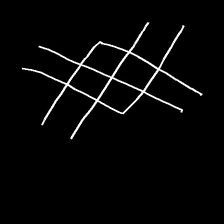
Glyph: crystal